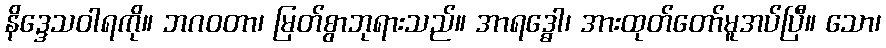
နိဒ္ဒေသဝါရကို။ ဘဂဝတာ၊ မြတ်စွာဘုရားသည်။ အာရဒ္ဓေါ၊ အားထုတ်တော်မူအပ်ပြီ။ သော၊